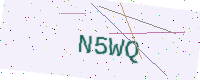
Text: N5WQ